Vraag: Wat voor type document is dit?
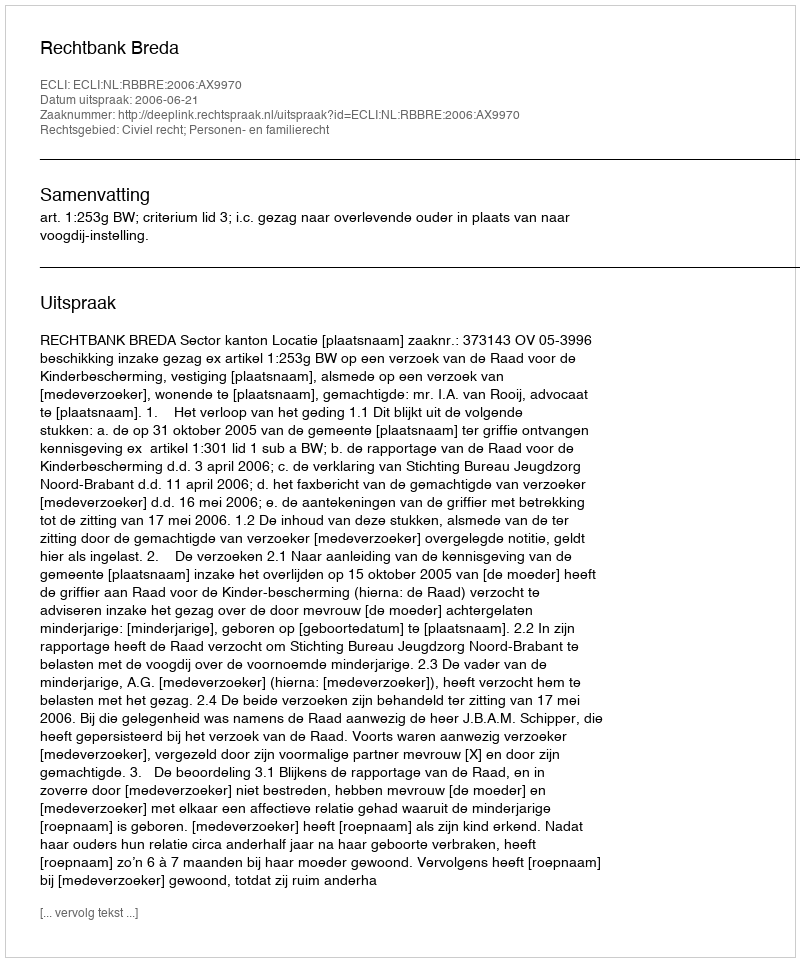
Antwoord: Uitspraak